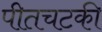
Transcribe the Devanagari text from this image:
पीतचटकी